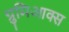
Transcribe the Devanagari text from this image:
ग्रुमिआक्स